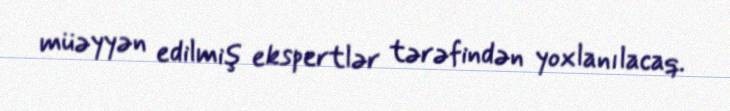
müəyyən edilmiş ekspertlər tərəfindən yoxlanılacaq.